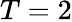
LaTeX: T=2